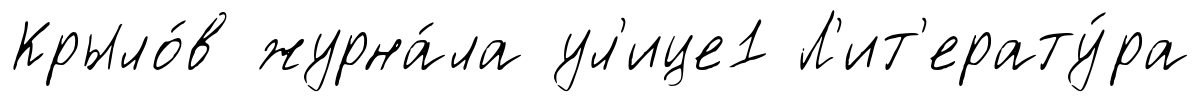
Крыло́в журна́ла ул'ице1 Л'ит'ерату́ра